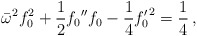
\begin{align*}\bar\omega^{2}f_0^2 + \frac{1}{2}f_0{''}f_0 - \frac{1}{4}{f_0'}^2 = \frac{1}{4}\,,\end{align*}